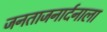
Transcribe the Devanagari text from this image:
जनताजनार्दनाला